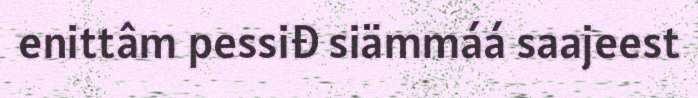
enittâm pessiđ siämmáá saajeest